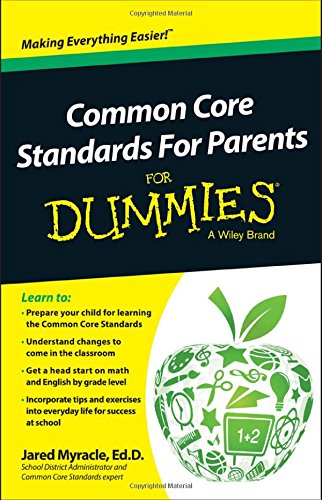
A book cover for Common Core Standards For Parents For Dummies; Jared Myracle; Education & Teaching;